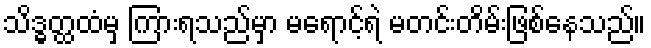
သိဒ္ဓတ္ထထံမှ ကြားရသည်မှာ မရောင့်ရဲ မတင်းတိမ်းဖြစ်နေသည်။